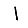
Digit: 1